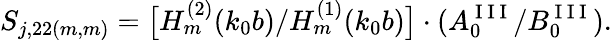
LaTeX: S_{j,22(m,m)}=\big[H_{m}^{(2)}(k_{0}b)/H_{m}^{(1)}(k_{0}b)\big]\cdot(A_{0}^{\mathrm{~I~I~I~}}/B_{0}^{\mathrm{~I~I~I~}}).